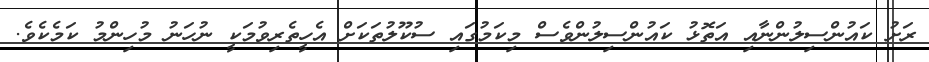
ރަށު ކައުންސިލުންނާއި އަތޮޅު ކައުންސިލުންވެސް މިކަމުގައި ސުކޫލުތަކަށް އެހީތެރިވުމަކީ ނުހަނު މުހިންމު ކަމެކެވެ.